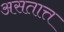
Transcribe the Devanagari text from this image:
असतात्त